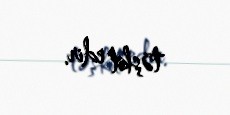
təşkil edir.